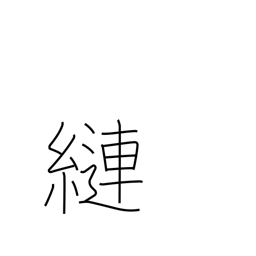
Meaning: tangle